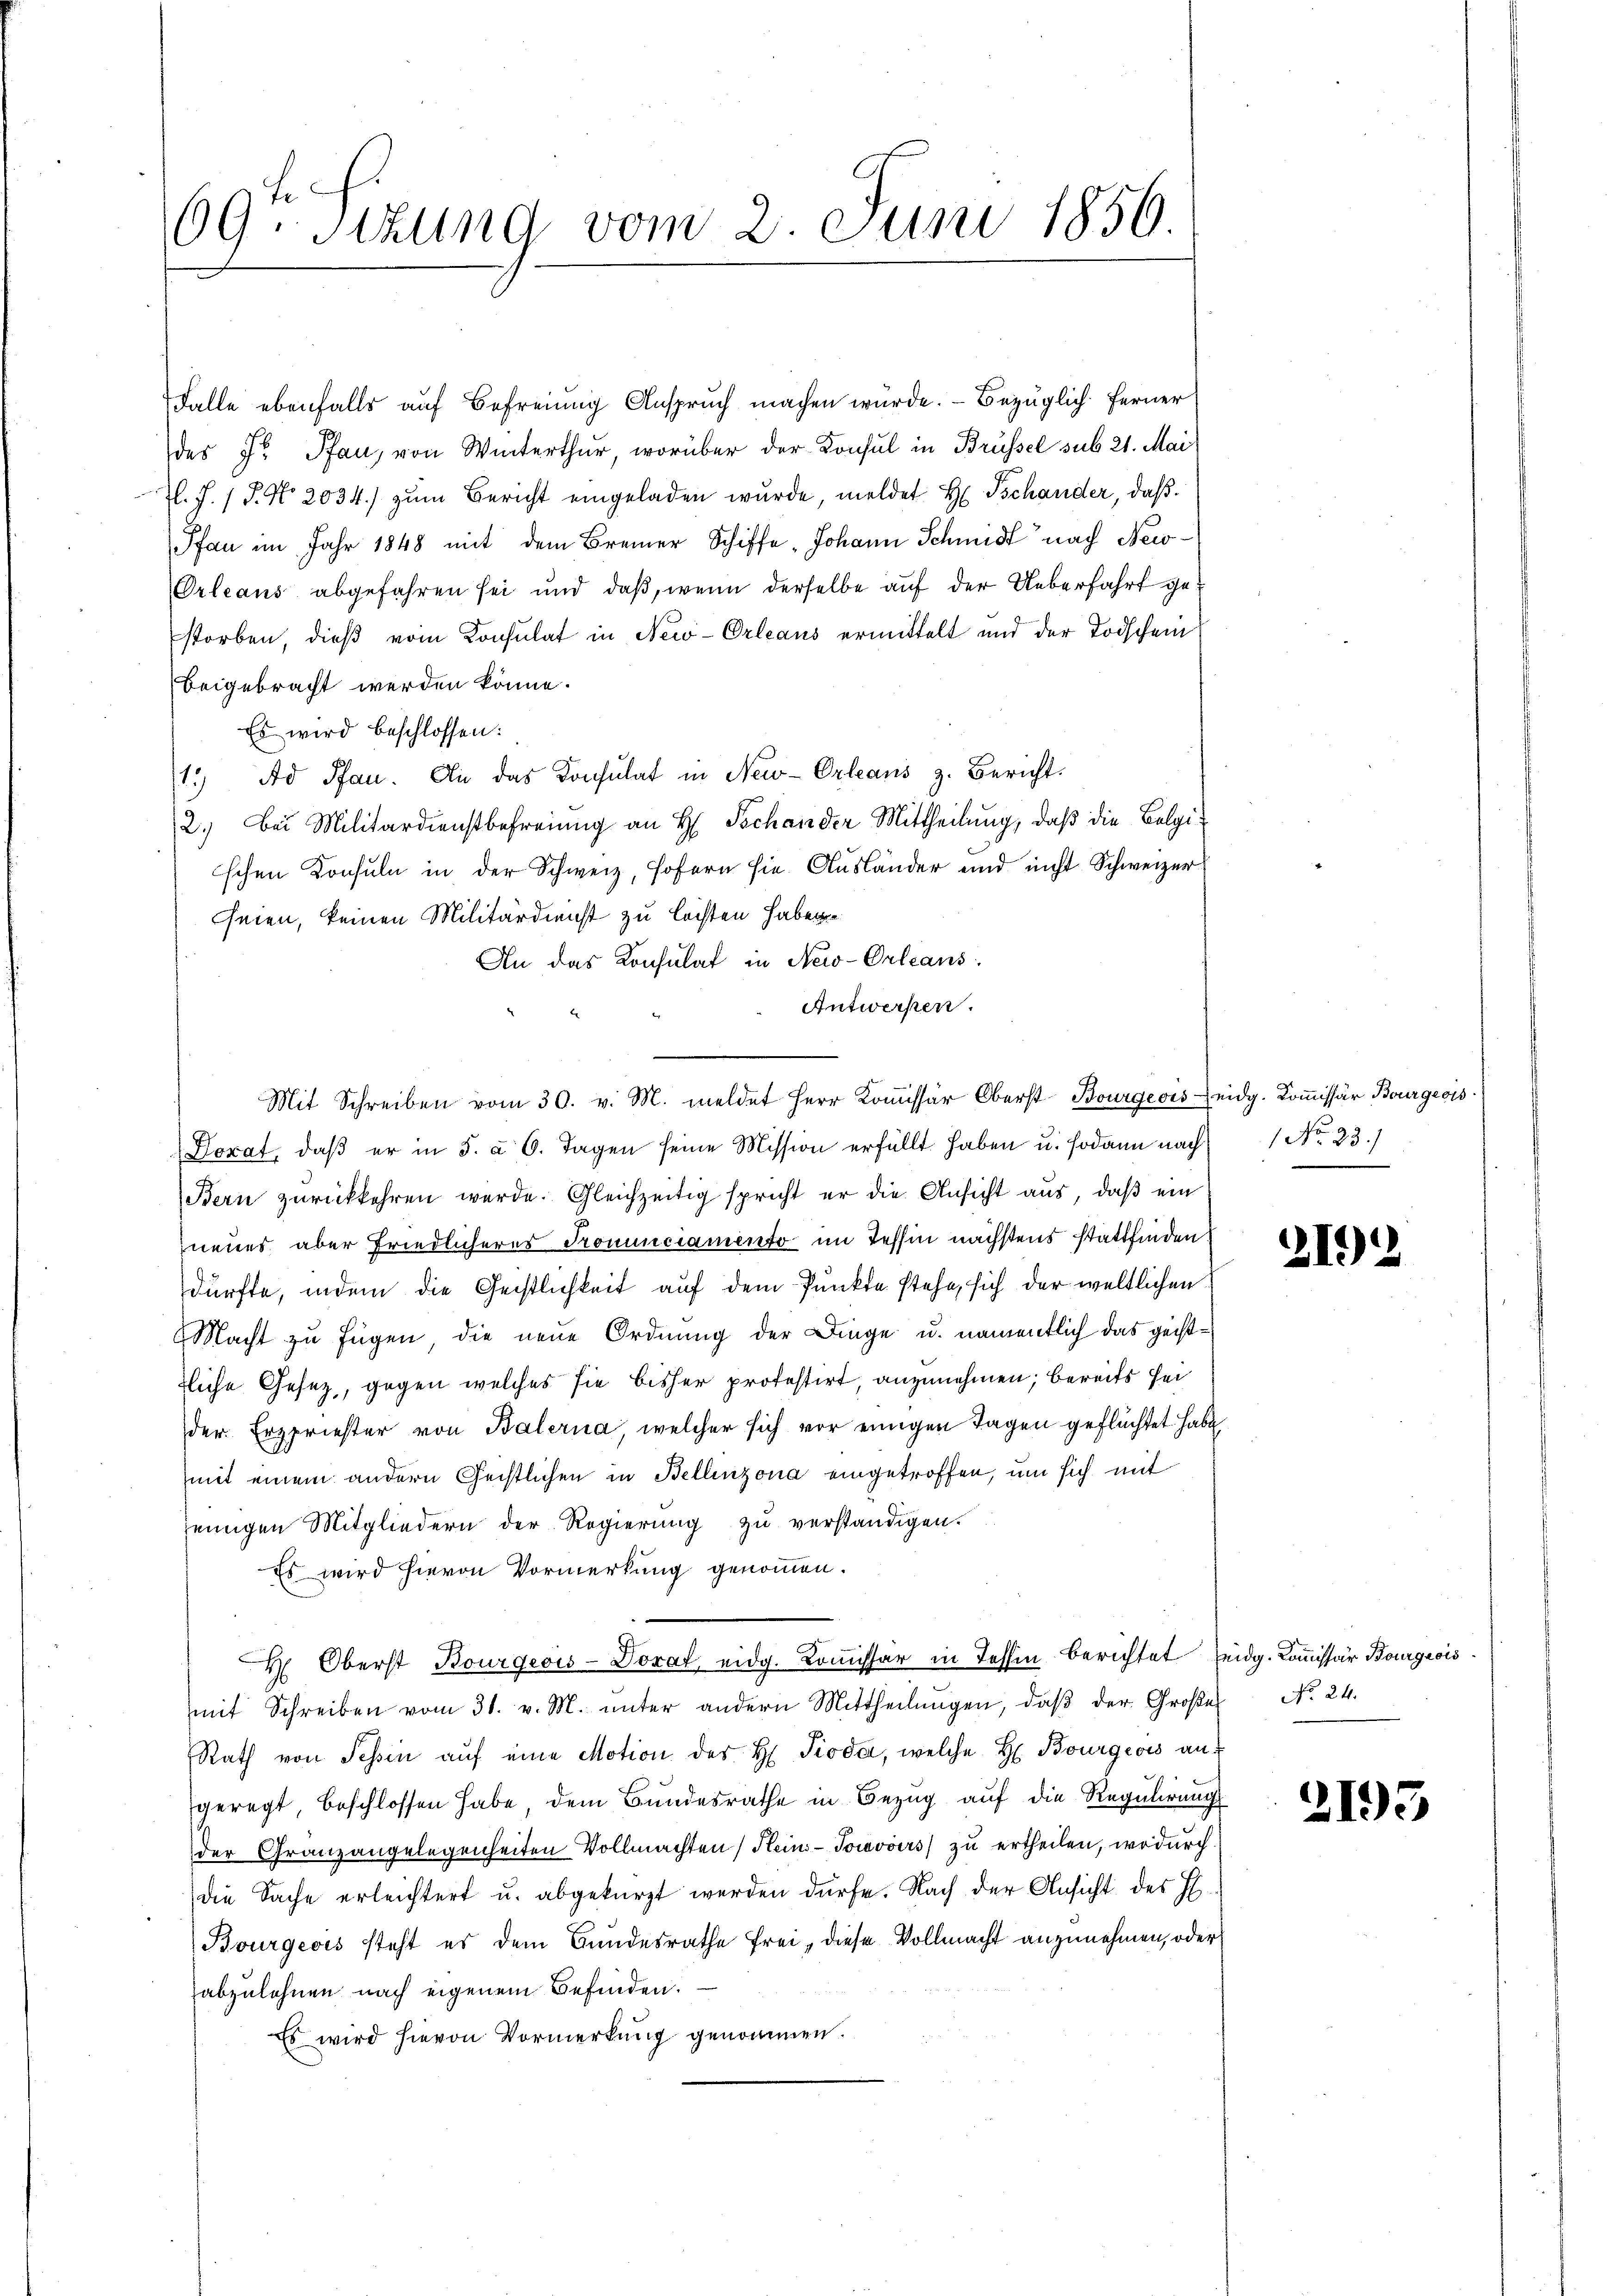
69. Sitzung vom 2. Juni 1856.

Falle ebenfalls auf Befreiung Anspruch machen wurde. – Bezüglich ferner
des Hr. Pfan, von Winterthur, worüber der Konsul in Brüssel sub 21. Mai
l. J. P. No. 2034.) zum Bericht eingeladen wurde, meldet H. Tschander, daß
Pfau im Jahr 1848 mit dem Bremer Schiffe „Johann Schmidt nach New-
Orleans abgefahren sei und daß, wenn derselbe auf der Ueberfahrt gestorben, dieß vom Consulat in New-Orleans ermittelt und der Todschein
beigebracht werden könne.
Es wird beschlossen:
1. Ad Pfan. An das Konsulat in New-Orleans z. Bericht.
2.) Bei Militärdienstbefreiung an H. Schander Mittheilung, daß die Belgischen Konsuln in der Schweiz, sofern sie Ausländer und nicht Schweizer
seien, keinen Militärdienst zu leisten haben
An das Konsulat in New-Orleans
Antwerfen.
Dorat, daβ er in 5 à 6. Tagen seine Mission erfüllt haben u. sodann nach 1 No 23.)
Bern zurückkehren werde. Gleichzeitig spricht er die Ansicht aus, daß ein
neues aber Friedlicheres Pronunciamento im Tessin nächstens stattfinden
dürfte, indem die Geistlichkeit auf dem Punkte stehe, sich der weltlichen
MMacht zu fügen die neue Ordnung der Dinge u. namentlich das geisttliche Gesetz, gegen welches sie bisher protestirt, anzunehmen; bereits sei
der Erzpriester von Balerna, welcher sich vor einigen Tagen geflüchtet habe
mit einem andern Geistlichen in Bellinzona eingetroffen, um sich mit
einigen Mitgliedern der Regierung zu verständigen.
Es wird hievon Vormerkung genommen.
H. Oberst Bourgeois-Dorat, eidg. Kommissär in Tessin berichtet seidg. Kommissär Bourgeois
mit Schreiben vom 31. v. M. ŭnter andern Mittheilŭngen, daβ der Große No 24.
Rath von Tessin aŭf eine Motion des H Pioda, welche H. Bourgeois anf
geregt, beschlossen habe, dem Bundesrathe in Bezug auf die Regulirungs
der Granz angelegenheiten Vollmachten Hein-Jouvoirs zu ertheilen, wodurch
die Sache erleichtert u. abgekürzt werden dürfe. Nach der Ansicht des H
Bourgeois steht es dem Bundesrathe frei, diese Vollmacht anzunehmen, oder
abzulehnen nach eigenem Befinden.
Es wird hievon Vormerkung genommen.

Mit Schreiben vom 30. v. M. meldet Herr Koṁissär Oberst Bourgeois eidg. Koṁissär Bourgeois

2192

2193